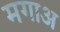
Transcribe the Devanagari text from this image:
मगाअ